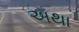
અથા